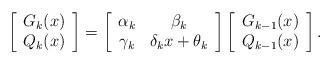
LaTeX: \begin{align*}\left[ \begin{array}{c} G_k(x) \\ Q_k(x) \end{array} \right]= \left[\begin{array}{cc} \alpha_k & \beta_k \\ \gamma_k & \delta_k x + \theta_k \end{array} \right]\left[\begin{array}{c} G_{k-1}(x) \\ Q_{k-1}(x) \end{array} \right].\end{align*}